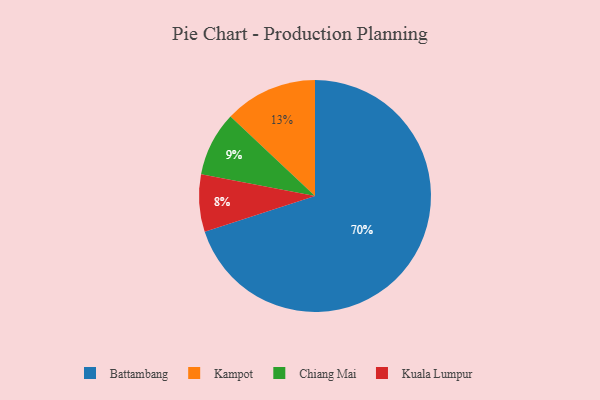
{"axis": {"x": "Category", "y": "Percentage"}, "legend": ["Battambang", "Chiang Mai", "Kampot", "Kuala Lumpur"], "data": [{"x": "Kampot", "y": 13, "type": "Kampot"}, {"x": "Kuala Lumpur", "y": 8, "type": "Kuala Lumpur"}, {"x": "Chiang Mai", "y": 9, "type": "Chiang Mai"}, {"x": "Battambang", "y": 70, "type": "Battambang"}]}